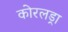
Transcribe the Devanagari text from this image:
कोरलड्रा